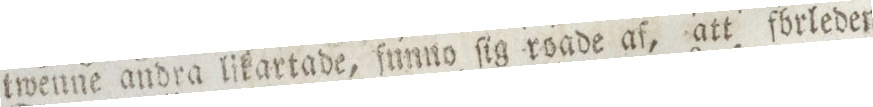
twenne andra likartade, ſunno ſig roade af, att fbrleden